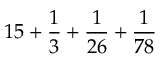
1 5 + { \frac { 1 } { 3 } } + { \frac { 1 } { 2 6 } } + { \frac { 1 } { 7 8 } }